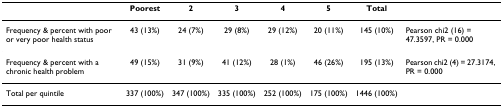
|  | Poorest | 2 | 3 | 4 | 5 | Total |  |
 | --- | --- | --- | --- | --- | --- | --- | --- |
 | Frequency & percent with poor or very poor health status | 43 (13%) | 24 (7%) | 29 (8%) | 29 (12%) | 20 (11%) | 145 (10%) | Pearson chi2 (16) = 47.3597, PR = 0.000 |
 | Frequency & percent with a chronic health problem | 49 (15%) | 31 (9%) | 41 (12%) | 28 (1%) | 46 (26%) | 195 (13%) | Pearson chi2 (4) = 27.3174, PR = 0.000 |
 | Total per quintile | 337 (100%) | 347 (100%) | 335 (100%) | 252 (100%) | 175 (100%) | 1446 (100%) |  |